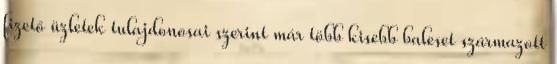
fizető üzletek tulajdonosai szerint már több kisebb baleset származott